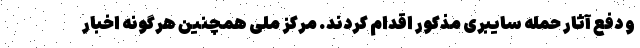
و دفع آثار حمله سایبری مذکور اقدام کردند. مرکز ملی همچنین هرگونه اخبار